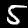
Digit: 5